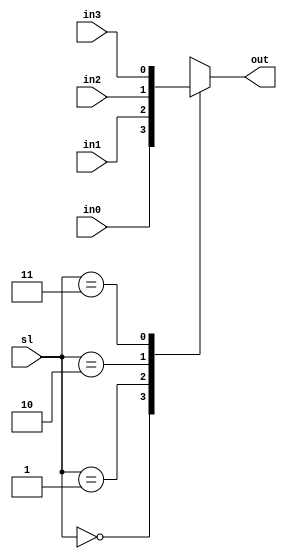
//--------------------------------------------------------------------
// Name: Omkar Girish Kamath
// Description: A 4 input to 1 output multiplexer with 2 bit select  
//              lines.
//--------------------------------------------------------------------

module mux_4to1 (
                 sl,
                 out,
                 in0,
                 in1,
                 in2,
                 in3
                 );

   //--------------------------------------------------------------------
   // Inputs
   //--------------------------------------------------------------------
   input wire [1:0] sl;
   input wire       in0;
   input wire       in1;
   input wire       in2;
   input wire       in3;

   //--------------------------------------------------------------------
   // Outputs
   //--------------------------------------------------------------------
   output reg       out;
   
   always @(*)
     begin
        case (sl)
          'd0:
            begin
               out <= in0;
            end
          
          'd1:
            begin
               out <= in1;
            end

          'd2:
            begin
               out <= in2;
            end
          
          'd3:
            begin
               out <= in3;
            end
          
          default:
            begin
               out <= in0;
            end
        endcase  
     end // always @ (*)
   

endmodule